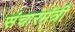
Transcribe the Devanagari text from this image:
संचारमंत्री